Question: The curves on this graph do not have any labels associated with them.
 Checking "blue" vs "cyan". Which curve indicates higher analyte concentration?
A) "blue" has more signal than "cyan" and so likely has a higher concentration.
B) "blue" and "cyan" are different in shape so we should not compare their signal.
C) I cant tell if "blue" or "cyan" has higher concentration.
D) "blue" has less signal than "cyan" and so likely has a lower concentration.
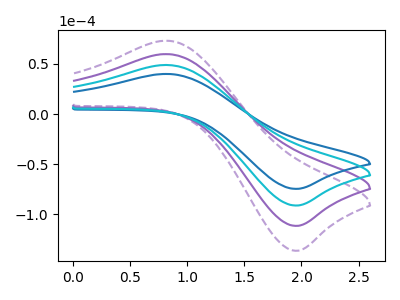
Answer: <think>The purple dashed curve "purple dashed" has an anodic peak at (0.80V, 146.80uA) and a cathodic peak at (1.95V, -273.50uA). The purple curve "purple" has an anodic peak at (0.80V, 97.85uA) and a cathodic peak at (1.95V, -182.30uA). The blue curve "blue" has an anodic peak at (0.80V, 40.00uA) and a cathodic peak at (1.95V, -74.55uA). The cyan curve "cyan" has an anodic peak at (0.80V, 48.95uA) and a cathodic peak at (1.95V, -91.15uA).
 All the peaks in "blue" have a peak in "cyan" at the same potential. Every peak in "blue" is lower than every peak in "cyan".</think>
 <answer>D) "blue" has less signal than "cyan" and so likely has a lower concentration.</answer>
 <eval>D</eval>